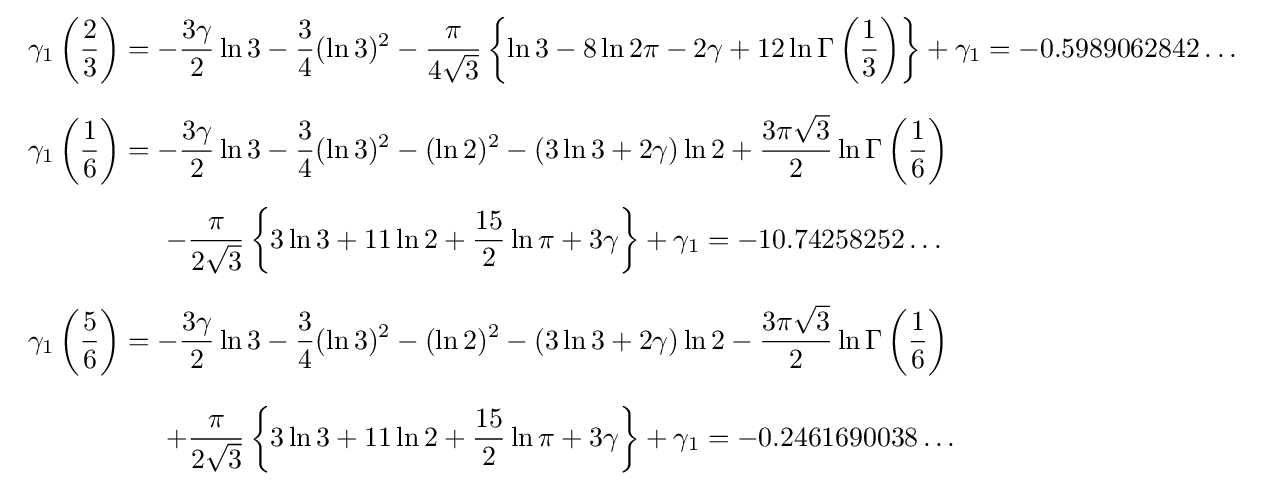
{\begin{array}{l}\displaystyle \gamma _{1}\left({\frac {2}{3}}\right)=-{\frac {3\gamma }{2}}\ln 3-{\frac {3}{4}}(\ln 3)^{2}-{\frac {\pi }{4{\sqrt {3}}}}\left\{\ln 3-8\ln 2\pi -2\gamma +12\ln \Gamma \left({\frac {1}{3}}\right)\right\}+\gamma _{1}=-0.5989062842\ldots \\[6mm]\displaystyle \gamma _{1}\left({\frac {1}{6}}\right)=-{\frac {3\gamma }{2}}\ln 3-{\frac {3}{4}}(\ln 3)^{2}-(\ln 2)^{2}-(3\ln 3+2\gamma )\ln 2+{\frac {3\pi {\sqrt {3}}}{2}}\ln \Gamma \left({\frac {1}{6}}\right)\\[5mm]\displaystyle \qquad \qquad \quad -{\frac {\pi }{2{\sqrt {3}}}}\left\{3\ln 3+11\ln 2+{\frac {15}{2}}\ln \pi +3\gamma \right\}+\gamma _{1}=-10.74258252\ldots \\[6mm]\displaystyle \gamma _{1}\left({\frac {5}{6}}\right)=-{\frac {3\gamma }{2}}\ln 3-{\frac {3}{4}}(\ln 3)^{2}-(\ln 2)^{2}-(3\ln 3+2\gamma )\ln 2-{\frac {3\pi {\sqrt {3}}}{2}}\ln \Gamma \left({\frac {1}{6}}\right)\\[6mm]\displaystyle \qquad \qquad \quad +{\frac {\pi }{2{\sqrt {3}}}}\left\{3\ln 3+11\ln 2+{\frac {15}{2}}\ln \pi +3\gamma \right\}+\gamma _{1}=-0.2461690038\ldots \end{array}}